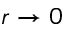
r \to 0